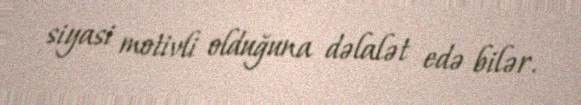
siyasi motivli olduğuna dəlalət edə bilər.